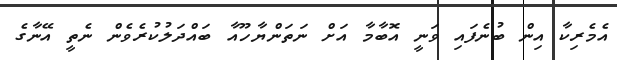
އެމެރިކާ އިން ބުނެފައި ވަނީ އޮބާމާ އަށް ނަތަންޔާހޫއާ ބައްދަލުކުރެވެން ނެތީ އޭނާގެ